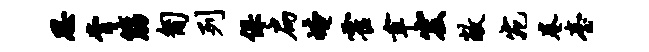
思膏筋匍列保扁崦霍聿宏敞宛卷台